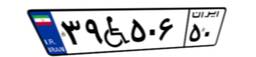
۳۹W۵۰۶۵۰